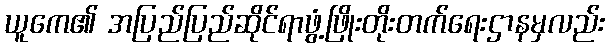
ယူကေ၏ အပြည်ပြည်ဆိုင်ရာဖွံ့ဖြိုးတိုးတက်ရေးဌာနမှလည်း